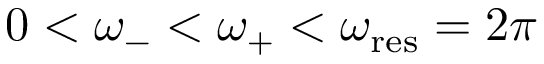
0 < \omega _ { - } < \omega _ { + } < \omega _ { \mathrm { r e s } } = 2 \pi